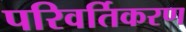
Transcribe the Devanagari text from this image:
परिवर्तिकरण